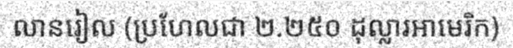
លានរៀល (ប្រហែលជា ២.២៥០ ដុល្លារអាមេរិក)